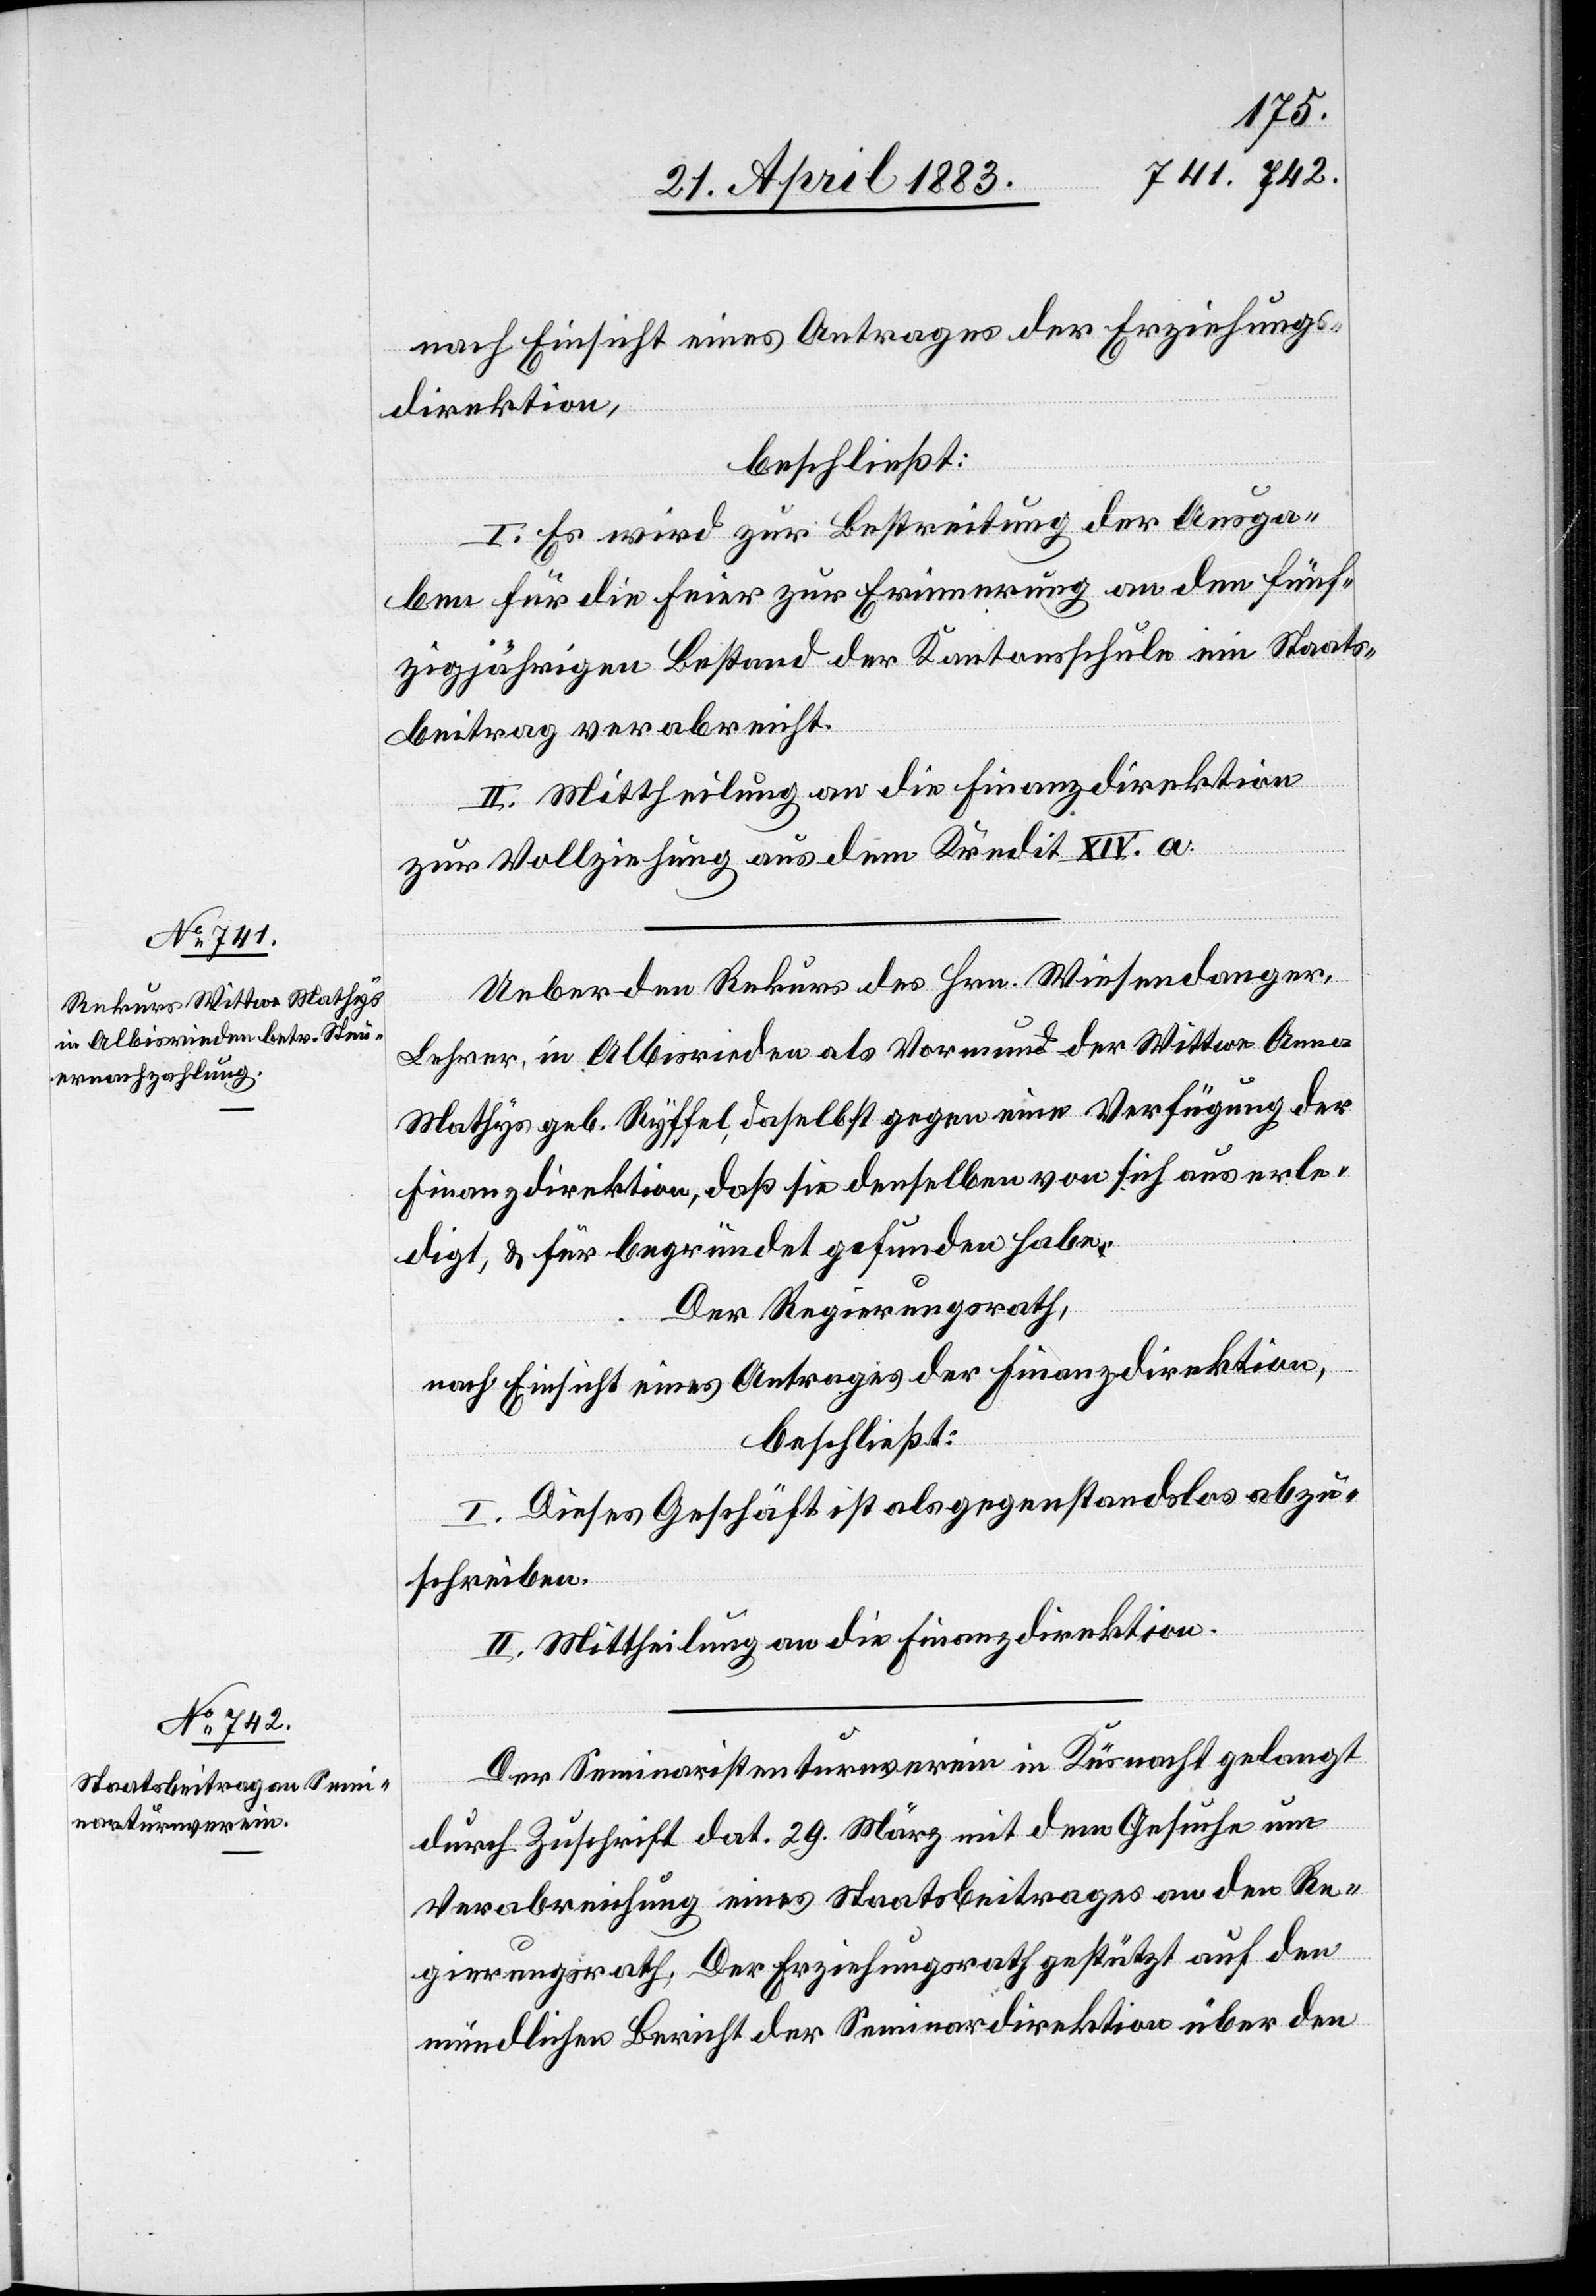
nach Einsicht eines Antrages der Erziehungs¬
direktion,
beschließt:
I. Es wird zur Bestreitung der Ausga¬
ben für die Feier zur Erinnerung an den fünf¬
zigjährigen Bestand der Kantonsschule ein Staats¬
beitrag verabreicht.
II. Mittheilung an die Finanzdirektion
zur Vollziehung aus dem Kredit XIV. a.
Ueber den Rekurs des Hrn. Wiesendanger,
Lehrer, in Albisrieden als Vormund der Wittwe Anna
Mathys geb. Ryffel, daselbst gegen eine Verfügung der
Finanzdirektion, daß sie denselben von sich aus erle¬
digt, & für begründet gefunden habe.
Der Regierungsrath,
nach Einsicht eines Antrages der Finanzdirektion,
beschließt:
I. Dieses Geschäft ist als gegenstandslos abzu¬
schreiben.
II. Mittheilung an die Finanzdirektion.
Der Seminaristenturnverein in Küsnacht gelangt
durch Zuschrift dat. 29. März mit dem Gesuche um
Verabreichung eines Staatsbeitrages an den Re¬
gierungsrath. Der Erziehungsrath gestützt auf den
mündlichen Bericht der Seminardirektion über den